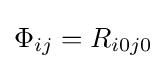
\Phi _{ij}={R}_{i0j0}